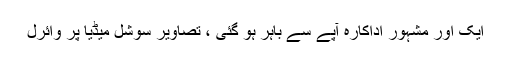
ایک اور مشہور اداکارہ آپے سے باہر ہو گئی ، تصاویر سوشل میڈیا پر وائرل